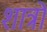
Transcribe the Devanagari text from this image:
शात्रो